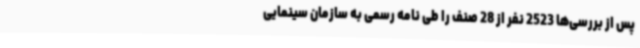
پس از بررسی‌ها 2523 نفر از 28 صنف را طی نامه رسمی به سازمان سینمایی